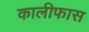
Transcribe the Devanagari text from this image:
कालीफास